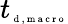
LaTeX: {t}_{\tiny{\mathrm{~d~,~m~a~c~r~o~}}}